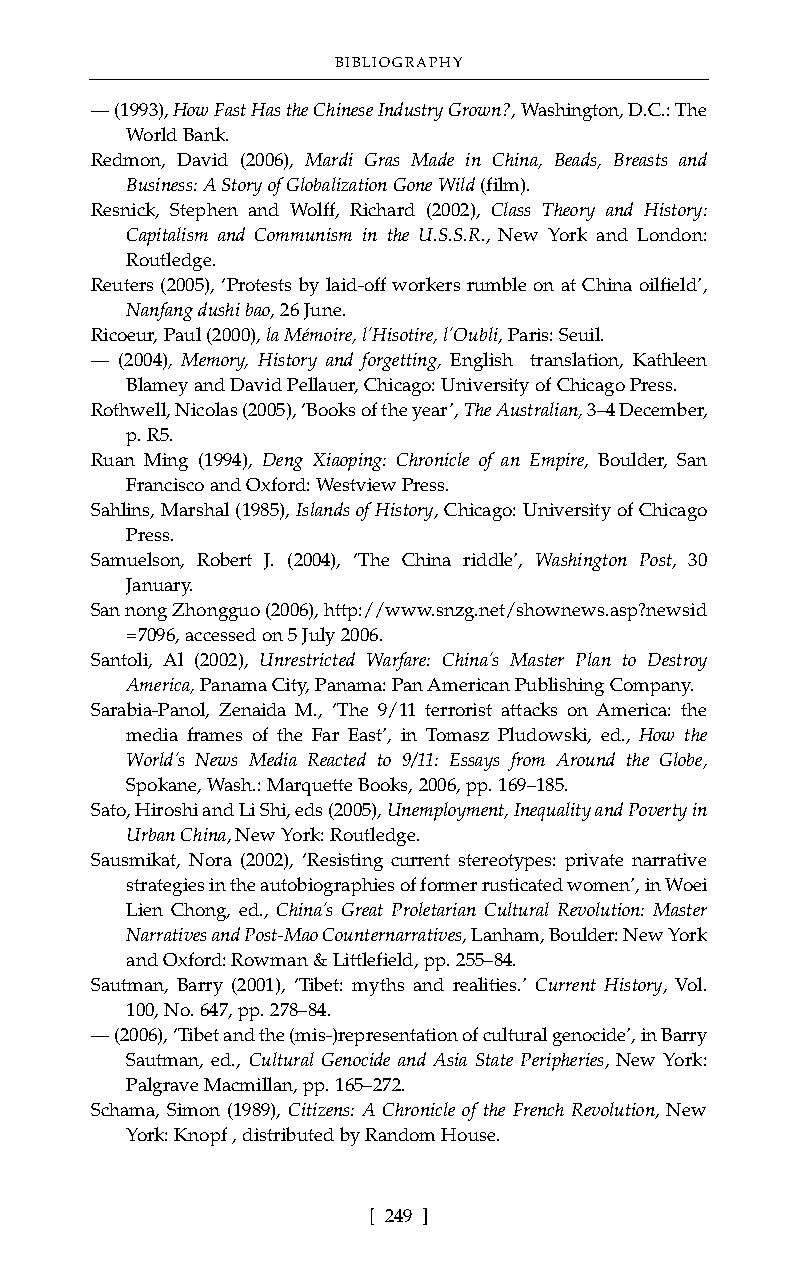
BIBLIOGRAPHY
 –– (1993), How Fast Has the Chinese Industry Grown?, Washington, D.C.: The
 World Bank.
 Redmon, David (2006), Mardi Gras Made in China, Beads, Breasts and
 Business: A Story of Globalization Gone Wild (film).
 Resnick, Stephen and Wolff, Richard (2002), Class Theory and History:
 Capitalism and Communism in the U.S.S.R., New York and London:
 Routledge.
 Reuters (2005), ‘Protests by laid-off workers rumble on at China oilfield’,
 Nanfang dushi bao, 26 June.
 Ricoeur, Paul (2000), la Mémoire, l’Hisotire, l’Oubli,Paris: Seuil.
 –– (2004), Memory, History and forgetting, English translation, Kathleen
 Blamey and David Pellauer, Chicago: University of Chicago Press.
 Rothwell, Nicolas (2005), ‘Books of the year’, The Australian, 3–4 December,
 p. R5.
 Ruan Ming (1994), Deng Xiaoping: Chronicle of an Empire, Boulder, San
 Francisco and Oxford: Westview Press.
 Sahlins, Marshal (1985), Islands of History, Chicago: University of Chicago
 Press.
 Samuelson, Robert J. (2004), ‘The China riddle’, Washington Post, 30
 January.
 San nong Zhongguo (2006), http://www.snzg.net/shownews.asp?newsid
 =7096, accessed on 5 July 2006.
 Santoli, Al (2002), Unrestricted Warfare: China’s Master Plan to Destroy
 America, Panama City, Panama: Pan American Publishing Company.
 Sarabia-Panol, Zenaida M., ‘The 9/11 terrorist attacks on America: the
 media frames of the Far East’, in Tomasz Pludowski, ed., How the
 World’s News Media Reacted to 9/11: Essays from Around the Globe,
 Spokane, Wash.: Marquette Books, 2006, pp. 169–185.
 Sato, Hiroshi and Li Shi, eds (2005), Unemployment, Inequality and Poverty in
 Urban China, New York: Routledge.
 Sausmikat, Nora (2002), ‘Resisting current stereotypes: private narrative
 strategies in the autobiographies of former rusticated women’, in Woei
 Lien Chong, ed., China’s Great Proletarian Cultural Revolution: Master
 Narratives and Post-Mao Counternarratives, Lanham, Boulder: New York
 and Oxford: Rowman & Littlefield, pp. 255–84.
 Sautman, Barry (2001), ‘Tibet: myths and realities.’ Current History, Vol.
 100, No. 647, pp. 278–84.
 –– (2006), ‘Tibet and the (mis-)representation of cultural genocide’, in Barry
 Sautman, ed., Cultural Genocide and Asia State Peripheries, New York:
 Palgrave Macmillan, pp. 165–272.
 Schama, Simon (1989), Citizens: A Chronicle of the French Revolution, New
 York: Knopf , distributed by Random House.
 [ 249 ]